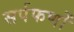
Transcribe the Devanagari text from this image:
सर्पफणों